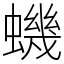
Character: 蟣